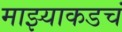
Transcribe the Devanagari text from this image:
माझ्याकडचं